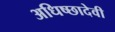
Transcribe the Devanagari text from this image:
अधिष्छादेवी